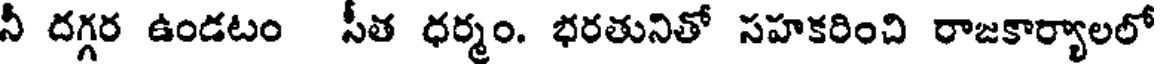
నీ దగ్గర ఉండటం సీత ధర్మం. భరతునితో సహకరించి రాజకార్యాలలో